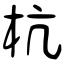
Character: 杭